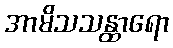
အာမိသသန္ထာရော